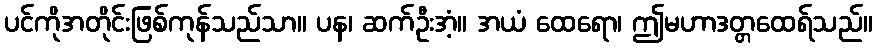
ပင်ကိုအတိုင်းဖြစ်ကုန်သည်သာ။ ပန၊ ဆက်ဦးအံ့။ အယံ ထေရော၊ ဤမဟာဒတ္တထေရ်သည်။